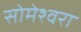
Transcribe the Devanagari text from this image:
सोमेश्वरा